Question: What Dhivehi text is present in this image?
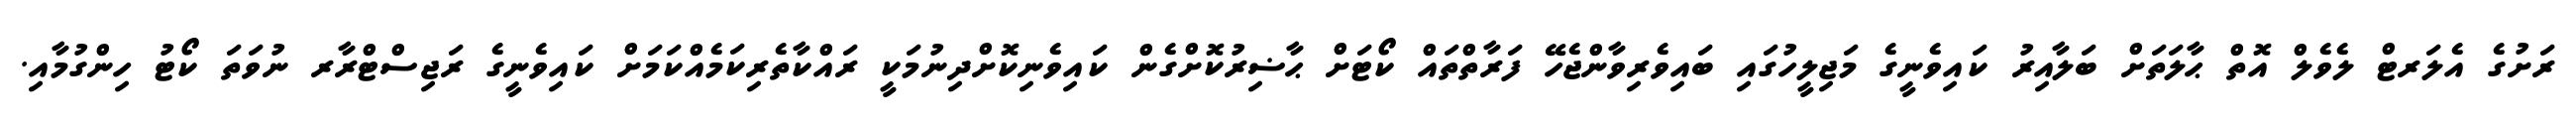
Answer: ރަށުގެ އެލަރޓް ލެވެލް އޮތް ޙާލަތަށް ބަލާއިރު ކައިވެނީގެ މަޖިލީހުގައި ބައިވެރިވާންޖެހޭ ފަރާތްތައް ކޯޓަށް ޙާޟިރުކޮށްގެން ކައިވެނިކޮށްދިނުމަކީ ރައްކާތެރިކަމެއްކަމަށް ކައިވެނީގެ ރަޖިސްޓްރާރ ނުވަތަ ކޯޓު ހިންގުމާއި.